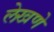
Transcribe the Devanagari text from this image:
लेखणे